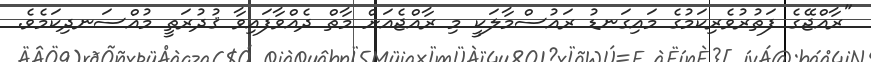
"ރާއްޖޭގެ ފަތުރުވެރިކަމުގެ މައިގަނޑު ރައުސްމާލަކީ މި ރާއްޖެއަށް މާތް ދެއްވާފައިވާ ޤުދުރަތީ މުއްސަނދިކަމެވެ.